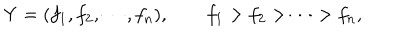
LaTeX: Y = ( f _ { 1 } , f _ { 2 } , \cdots , f _ { n } ) , \qquad f _ { 1 } > f _ { 2 } > \cdots > f _ { n } ,